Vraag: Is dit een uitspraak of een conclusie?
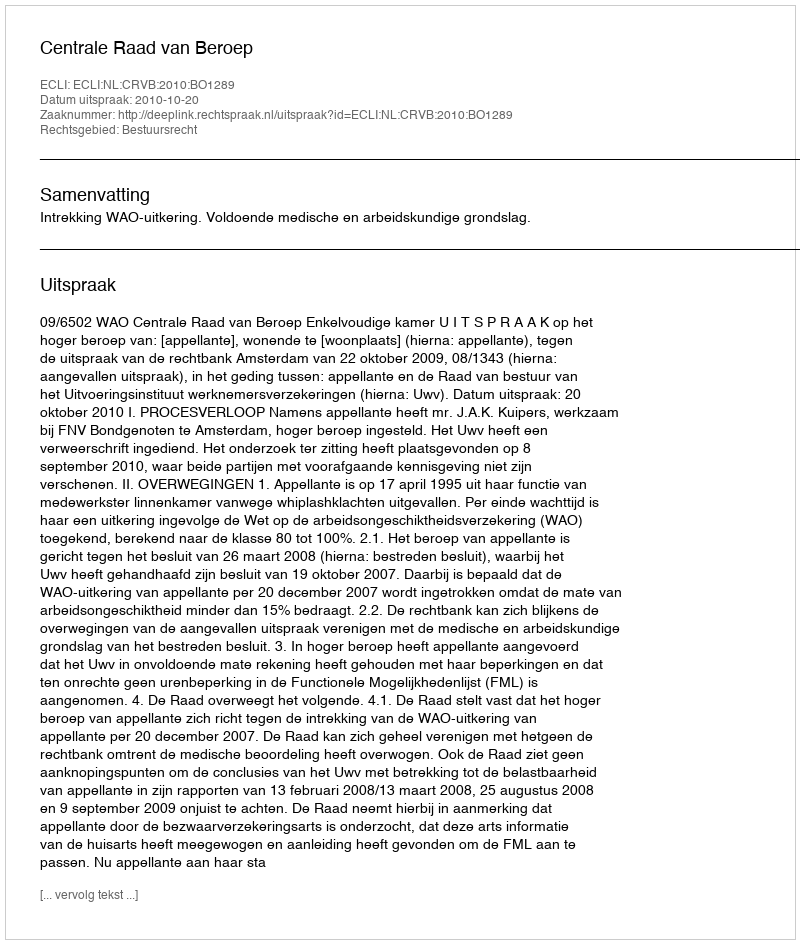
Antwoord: Uitspraak